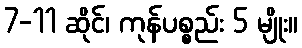
7-11 ဆိုင်၊ ကုန်ပစ္စည်း 5 မျိုး။